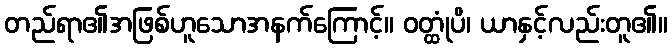
တည်ရာ၏အဖြစ်ဟူသောအနက်ကြောင့်။ ဝတ္ထုံပိ၊ ယာနှင့်လည်းတူ၏။